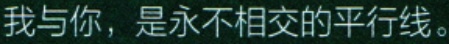
我与你，是永不相交的平行线。